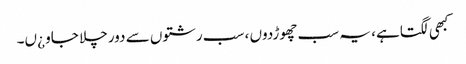
کبھی لگتاہے ، یہ سب چھوڑدوں ، سب رشتوں سے دور چلا جاو ¿ں۔